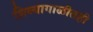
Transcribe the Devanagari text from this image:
शिव्यागाळीतही